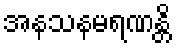
အနသနမရဏန္တိ